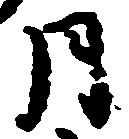
月